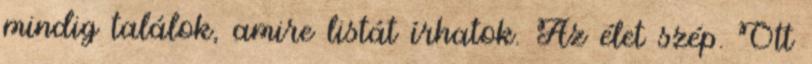
mindig találok, amire listát írhatok. Az élet szép. Ott